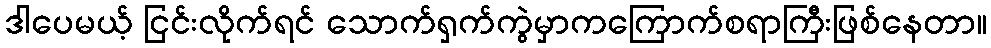
ဒါပေမယ့် ငြင်းလိုက်ရင် သောက်ရှက်ကွဲမှာကကြောက်စရာကြီးဖြစ်နေတာ။